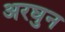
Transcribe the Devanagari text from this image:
अरघुन